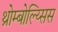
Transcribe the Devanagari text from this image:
थ्रोम्बोल्य्सिस